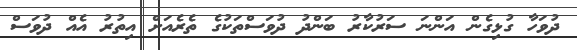
ދުވަހާ ގުޅިގެން އަންނަ ސަރުކާރު ބަންދު ދުވަސްތަކުގެ ތެރެއަށް އިތުރު އެއް ދުވަސް